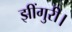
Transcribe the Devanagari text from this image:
झींगुरी।